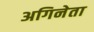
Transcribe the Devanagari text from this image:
अगिनेता